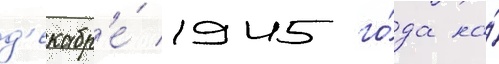
д'екабр'е́ 1945 го́да на́